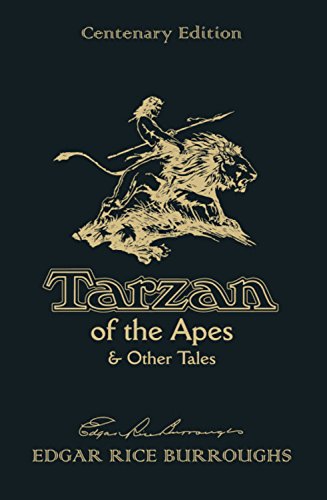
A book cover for Tarzan of the Apes & Other Tales; Edgar Rice Burroughs; Literature & Fiction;